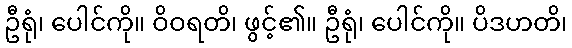
ဦရုံ၊ ပေါင်ကို။ ဝိဝရတိ၊ ဖွင့်၏။ ဦရုံ၊ ပေါင်ကို။ ပိဒဟတိ၊